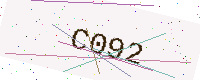
Text: C092